Civil Veterinary Department Bihar reports 1936-40 - 1936-1940
Year: 1936
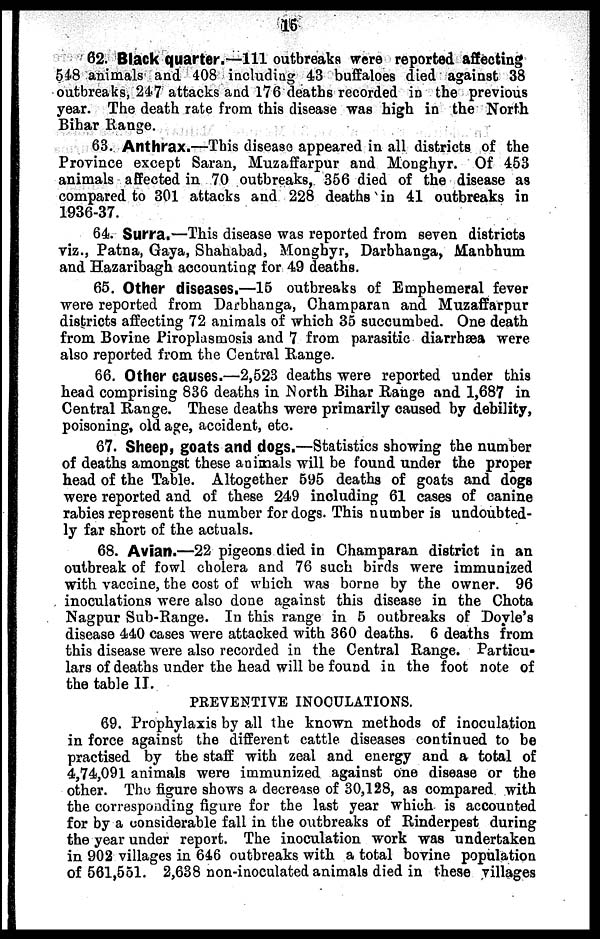
15
62. Black quarter.—111 outbreaks were reported affecting
548 animals and 408 including 43 buffaloes died against 38
outbreaks, 247 attacks and 176 deaths recorded in the previous
year. The death rate from this disease was high in the North
Bihar Range.
63. Anthrax.—This disease appeared in all districts of the
Province except Saran, Muzaffarpur and Monghyr. Of 453
animals affected in 70 outbreaks, 356 died of the disease as
compared to 301 attacks and 228 deaths in 41 outbreaks in
1936-37.
64. Surra.—This disease was reported from seven districts
viz., Patna, Gaya, Shahabad, Monghyr, Darbhanga, Manbhum
and Hazaribagh accounting for 49 deaths.
65. Other diseases.—15 outbreaks of Emphemeral fever
were reported from Darbhanga, Champaran and Muzaffarpur
districts affecting 72 animals of which 35 succumbed. One death
from Bovine Piroplasmosis and 7 from parasitic diarrhæa were
also reported from the Central Range.
66. Other causes.—2,523 deaths were reported under this
head comprising 836 deaths in North Bihar Range and 1,687 in
Central Range. These deaths were primarily caused by debility,
poisoning, old age, accident, etc.
67. Sheep, goats and dogs.—Statistics showing the number
of deaths amongst these animals will be found under the proper
head of the Table. Altogether 595 deaths of goats and dogs
were reported and of these 249 including 61 cases of canine
rabies represent the number for dogs. This number is undoubted-
ly far short of the actuals.
68. Avian.—22 pigeons died in Champaran district in an
outbreak of fowl cholera and 76 such birds were immunized
with vaccine, the cost of which was borne by the owner. 96
inoculations were also done against this disease in the Chota
Nagpur Sub-Range. In this range in 5 outbreaks of Doyle's
disease 440 cases were attacked with 360 deaths. 6 deaths from
this disease were also recorded in the Central Range. Particu-
lars of deaths under the head will be found in the foot note of
the table II.
PREVENTIVE INOCULATIONS.
69. Prophylaxis by all the known methods of inoculation
in force against the different cattle diseases continued to be
practised by the staff with zeal and energy and a total of
4,74,091 animals were immunized against one disease or the
other. The figure shows a decrease of 30,128, as compared with
the corresponding figure for the last year which is accounted
for by a considerable fall in the outbreaks of Rinderpest during
the year under report. The inoculation work was undertaken
in 902 villages in 646 outbreaks with a total bovine population
of 561,551. 2,638 non-inoculated animals died in these villages